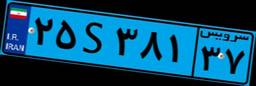
۰۲S۲۹۴۸۰